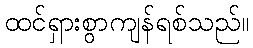
ထင်ရှားစွာကျန်ရစ်သည်။